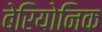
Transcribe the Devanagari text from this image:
बेरियोनिक